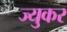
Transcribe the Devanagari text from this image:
ज्युकर